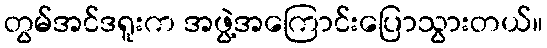
တွမ်အင်ဒရူးက အဖွဲ့အကြောင်းပြောသွားတယ်။